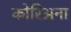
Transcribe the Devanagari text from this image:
कोरिअना